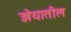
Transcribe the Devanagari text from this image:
ज्ञेयातील